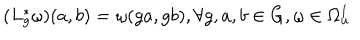
( L _ { g } ^ { \ast } \omega ) ( a , b ) = \omega ( g a , g b ) , \forall g , a , b \in G , \omega \in \Omega _ { u } ^ { 1 }